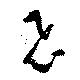
飛